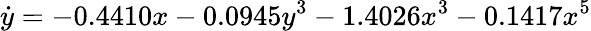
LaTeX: \dot{y}=-0.4410x-0.0945y^{3}-1.4026x^{3}-0.1417x^{5}